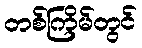
တစ်ကြိမ်တွင်